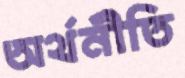
অর্থনীতি